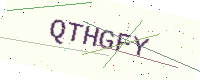
Text: QTHGFY